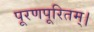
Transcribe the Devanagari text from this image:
पूरणपूरितम्।